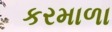
કરમાળા